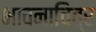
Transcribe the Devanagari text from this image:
भावनाचित्र